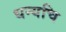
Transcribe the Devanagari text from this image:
धन्यचि